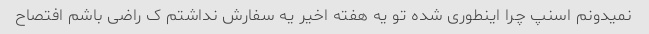
نمیدونم اسنپ چرا اینطوری شده تو یه هفته اخیر یه سفارش نداشتم ک راضی باشم افتصاح